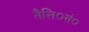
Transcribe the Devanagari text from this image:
तैत्ति०सं०